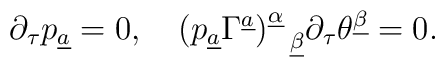
\partial_\tau p_{\underline a}=0, \quad(p_{\underline a}\Gamma^{\underline a})^{\underline\alpha}_{~~\underline\beta}\partial_\tau\theta^{\underline\beta}=0.